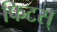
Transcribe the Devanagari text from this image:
फिटस्‌